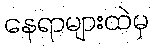
နေရာများထဲမှ